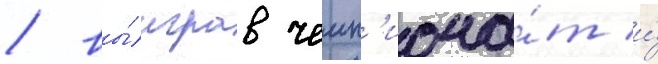
/ вы́играв чемп'иона́т и́